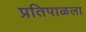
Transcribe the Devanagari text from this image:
प्रतिपाळला